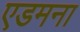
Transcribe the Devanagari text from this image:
एडमना